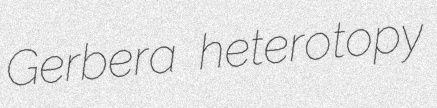
Gerbera heterotopy